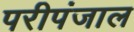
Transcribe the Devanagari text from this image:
परीपंजाल